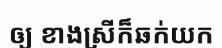
ឲ្យ ខាងស្រីក៏ឆក់យក